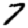
Digit: 7